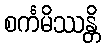
စင်္ကမိဿန္တိ